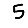
Digit: 5